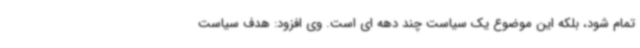
تمام شود، بلکه این موضوع یک سیاست چند دهه ای است. وی افزود: هدف سیاست